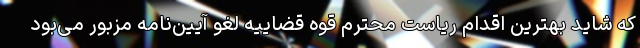
که شاید بهترین اقدام ریاست محترم قوه قضاییه لغو آیین‌نامه مزبور می‌بود